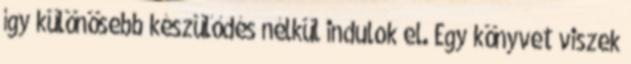
így különösebb készülődés nélkül indulok el. Egy könyvet viszek